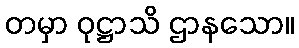
တမှာ ဝုဋ္ဌာသိ ဌာနသော။